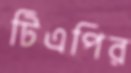
টিএপির